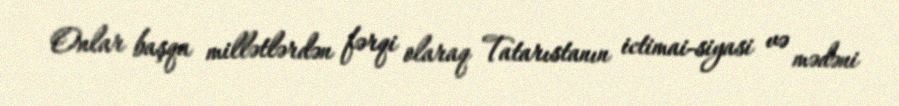
Onlar başqa millətlərdən fərqi olaraq Tatarıstanın ictimai-siyasi və mədəni